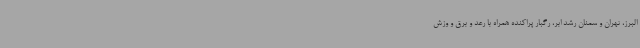
البرز، تهران و سمنان رشد ابر، رگبار پراکنده همراه با رعد و برق و وزش